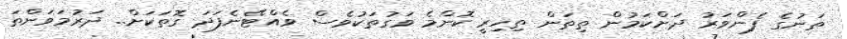
ތަނުގެ ފެންވަރު ދަށްކަމުން ތިތަން ތިހިރީ ކޮންމެ ވަގުތަކުވެސް ވެއްޓޭނެފަދަ ގޮތަކަށް.. ދަރުމަވަންތަ